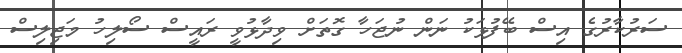
ސަރުކާރުގެ އިސް ބޭފުޅަކު ނަން ނުޖަހާ ގޮތަށް ވިދާޅުވީ ރައީސް ސޯލިހު މަޖިލިސް